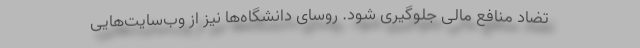
تضاد منافع مالی جلوگیری شود. روسای دانشگاه‌ها نیز از وب‌سایت‌هایی